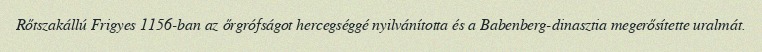
Rőtszakállú Frigyes 1156-ban az őrgrófságot hercegséggé nyilvánította és a Babenberg-dinasztia megerősítette uralmát.